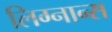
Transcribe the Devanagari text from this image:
लिग्नान्स